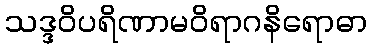
သဒ္ဒဝိပရိဏာမဝိရာဂနိရောဓာ